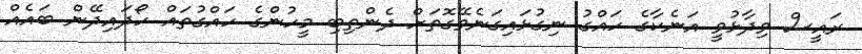
ރައީސް ވިދާޅުވީ އަނެކާގެ ހައްގު ނިގުޅައިގަނެވޭގޮތަށް ދެންތިބި މީހުންގެ ހައްގުތައް ހޯދައިދޭން ބައެއް